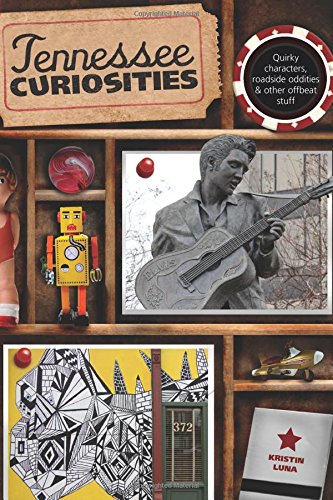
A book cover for Tennessee Curiosities: Quirky Characters, Roadside Oddities & Other Offbeat Stuff (Curiosities Series); Kristin Luna; Humor & Entertainment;